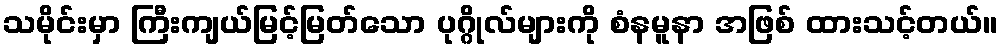
သမိုင်းမှာ ကြီးကျယ်မြင့်မြတ်သော ပုဂ္ဂိုလ်များကို စံနမူနာ အဖြစ် ထားသင့်တယ်။